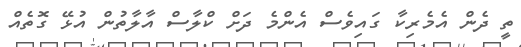
ތީ ދެން އެމެރިކާ ގައިވެސް އެންމެ ދަށް ކްލާސް އާލާތުން އުޅޭ ގޮތެއް